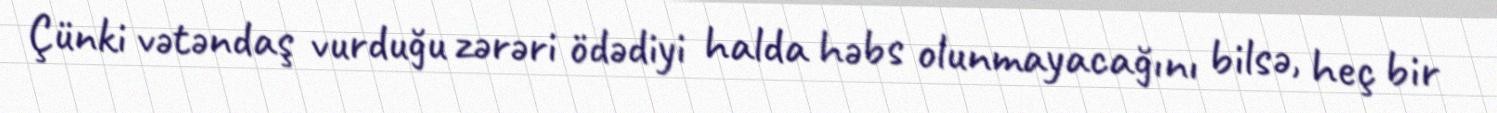
Çünki vətəndaş vurduğu zərəri ödədiyi halda həbs olunmayacağını bilsə, heç bir